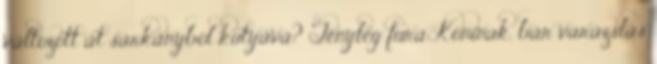
változott át sárkányból kutyává? Tényleg fura Koninak, bár varázslás